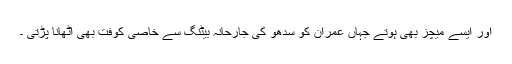
اور ایسے میچز بھی ہوتے جہاں عمران کو سدھو کی جارحانہ بیٹنگ سے خاصی کوفت بھی اٹھانا پڑتی ۔